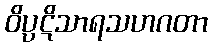
ဝိပ္ပဋိသာရသဟဂတာ